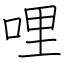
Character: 哩